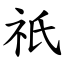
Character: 祇